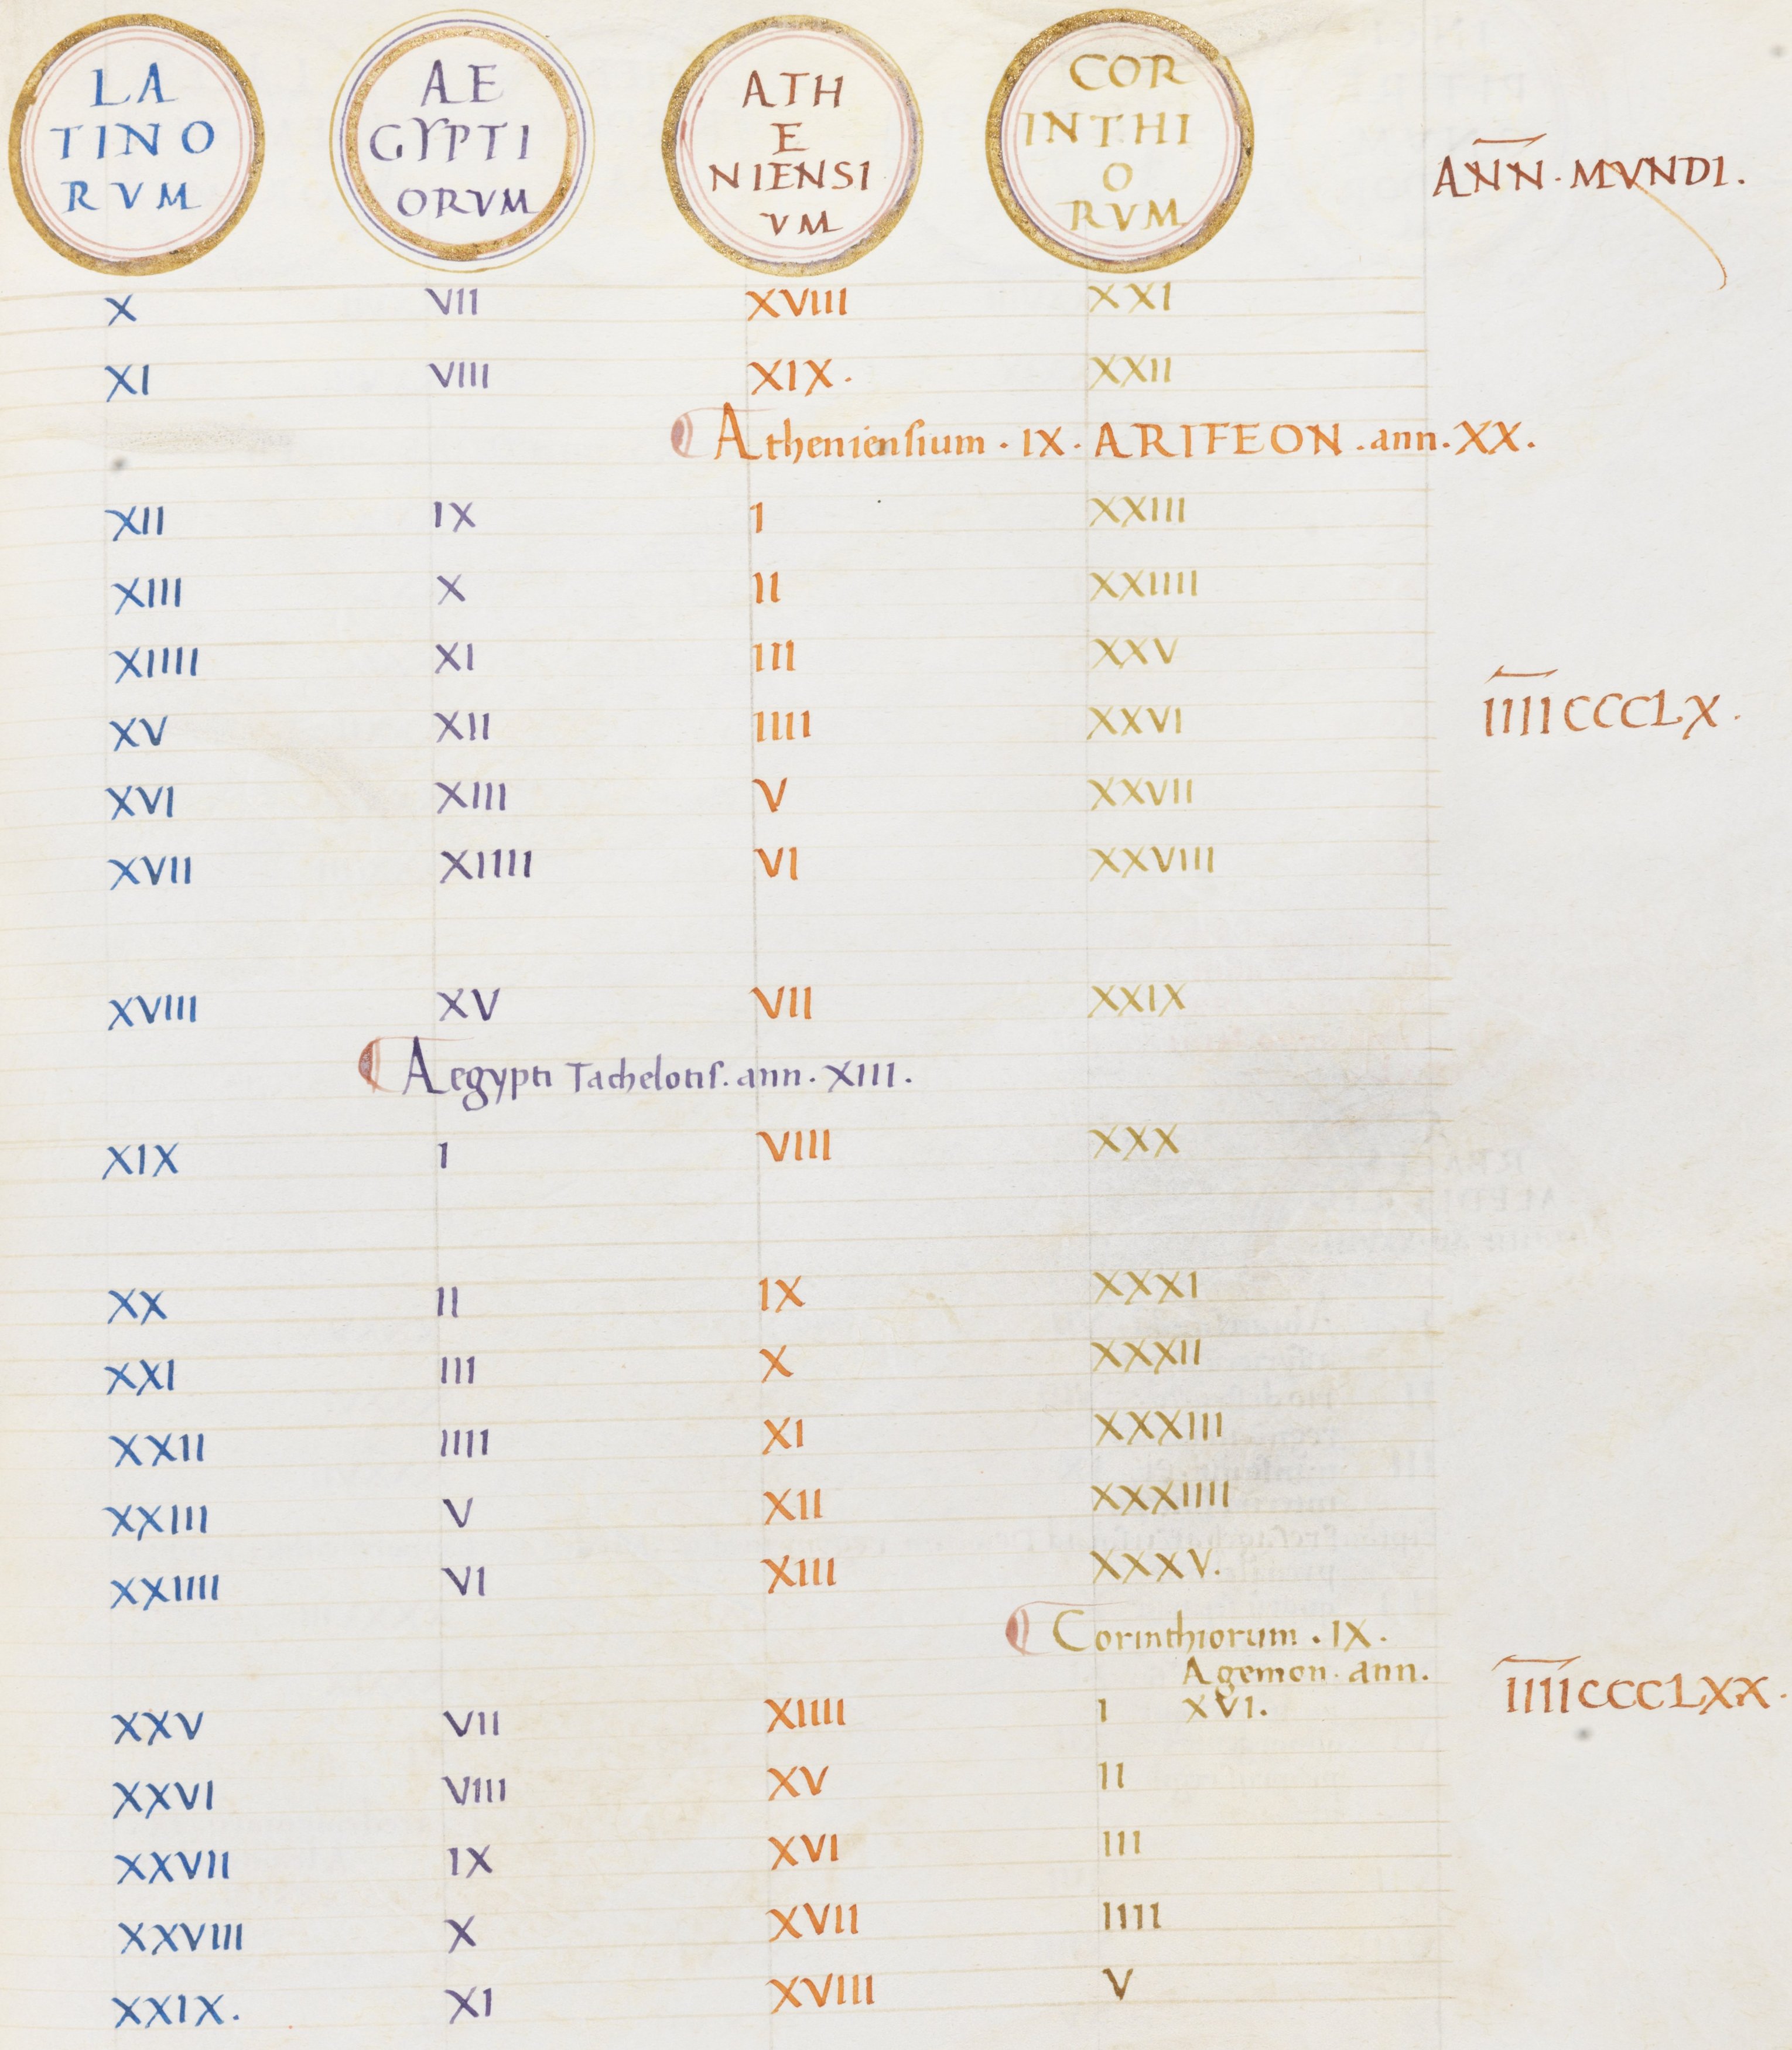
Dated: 1465–1495